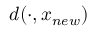
d ( { \cdot , x _ { n e w } } )